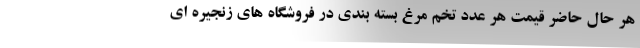
هر حال حاضر قیمت هر عدد تخم مرغ بسته بندی در فروشگاه های زنجیره ای